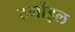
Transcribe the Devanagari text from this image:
टर्मोइल